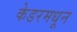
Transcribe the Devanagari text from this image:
केडरमधून